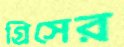
গ্রিসের